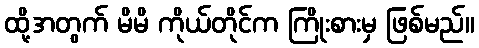
ထို့အတွက် မိမိ ကိုယ်တိုင်က ကြိုးစားမှ ဖြစ်မည်။